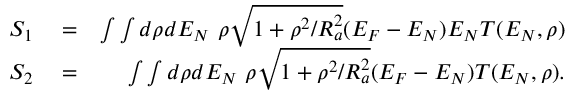
\begin{array} { r l r } { S _ { 1 } } & { { } = } & { \int \int d \rho d { \cal E } _ { N } ~ \rho \sqrt { 1 + \rho ^ { 2 } / R _ { a } ^ { 2 } } ( { \cal E } _ { F } - { \cal E } _ { N } ) { \cal E } _ { N } T ( { \cal E } _ { N } , \rho ) } \\ { S _ { 2 } } & { { } = } & { \int \int d \rho d { \cal E } _ { N } ~ \rho \sqrt { 1 + \rho ^ { 2 } / R _ { a } ^ { 2 } } ( { \cal E } _ { F } - { \cal E } _ { N } ) T ( { \cal E } _ { N } , \rho ) . } \end{array}